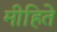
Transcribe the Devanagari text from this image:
मीहिते